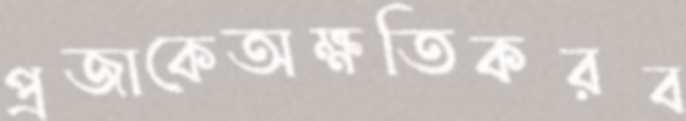
প্রজাকেঅক্ষতিকরব